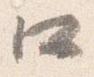
口